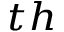
^ { t h }